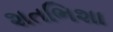
શતભિશા